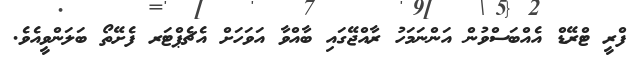
ފްރީ ޓްރޭޑް އެއްބަސްވުން އަންނަމަހު ރާއްޖޭގައި ބާއްވާ އަވަހަށް އެޗެޕްޓަރ ފެށޭތޯ ބަލަންވީއެވެ.